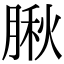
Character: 䐐